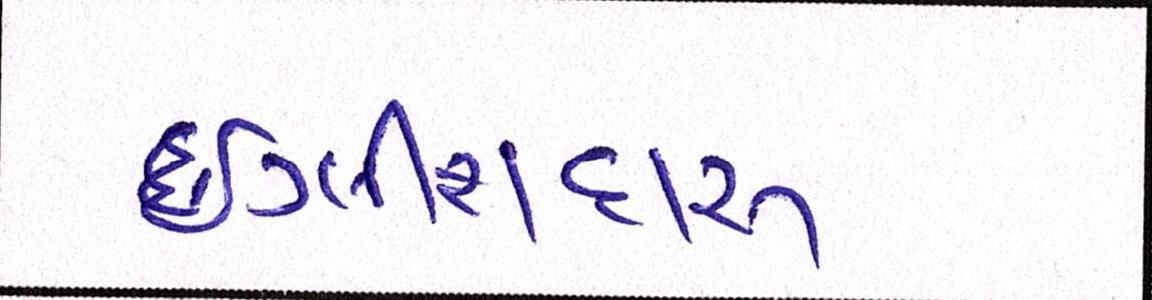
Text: ઇંગ્લીશદારૂ